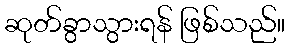
ဆုတ်ခွာသွားရန် ဖြစ်သည်။